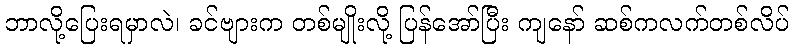
ဘာလို့ပြေးရမှာလဲ၊ ခင်ဗျားက တစ်မျိုးလို့ ပြန်အော်ပြီး ကျနော် ဆစ်ကလက်တစ်လိပ်